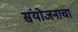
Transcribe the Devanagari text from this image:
संयोजनाचा